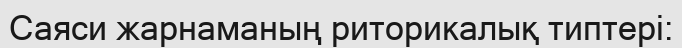
Саяси жарнаманың риторикалық типтері: